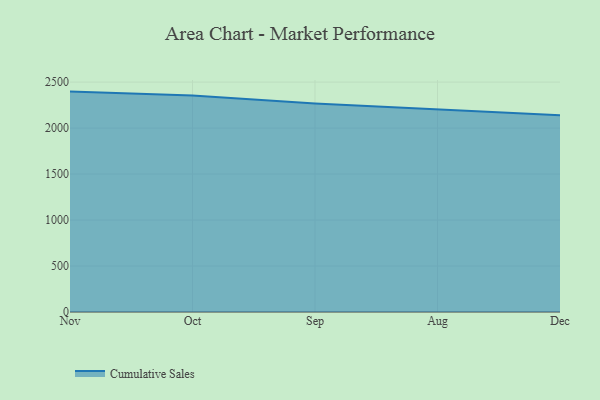
{"axis": {"x": "Month", "y": "Headcount"}, "legend": ["Cumulative Sales"], "data": [{"x": "Nov", "y": 2396.9, "type": "Cumulative Sales"}, {"x": "Oct", "y": 2354.5, "type": "Cumulative Sales"}, {"x": "Sep", "y": 2266.4, "type": "Cumulative Sales"}, {"x": "Aug", "y": 2198.9, "type": "Cumulative Sales"}, {"x": "Dec", "y": 2138.5, "type": "Cumulative Sales"}]}